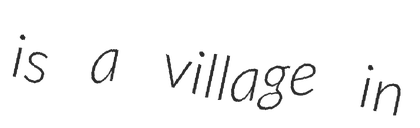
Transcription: is a village in